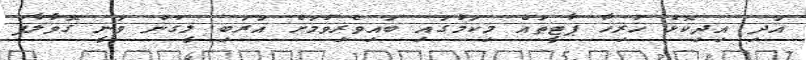
އަދި އިދިކޮޅު ހުރިހާ ޕާޓީތައް މިކަމުގައި ބައިވެރިވުމަށް އަރަބި ލީގުން ވަނީ ގޮވާލާފަ